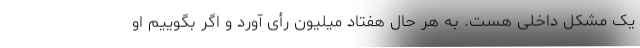
یک مشکل داخلی هست. به هر حال هفتاد میلیون رأی آورد و اگر بگوییم او